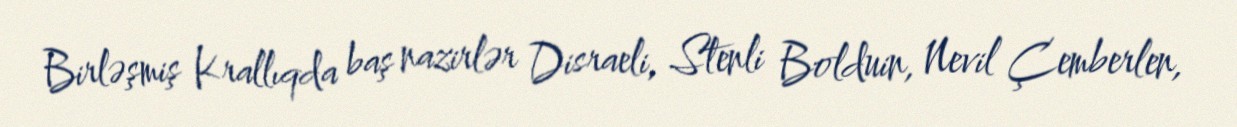
Birləşmiş Krallıqda baş nazirlər Disraeli, Stenli Bolduin, Nevil Çemberlen,